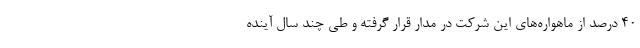
۴۰ درصد از ماهواره‌های این شرکت در مدار قرار گرفته و طی چند سال آینده